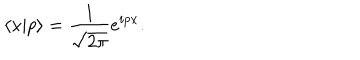
LaTeX: \langle x | p \rangle = { \frac { 1 } { \sqrt { 2 \pi } } } e ^ { i p x } .